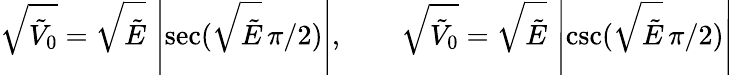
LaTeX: {\sqrt{{\tilde{V}}_{0}}}={\sqrt{\tilde{E}}}\, \left|{\sec({\sqrt{\tilde{E}}}\, {\pi}/{2})}\right|,\qquad{\sqrt{{\tilde{V}}_{0}}}={\sqrt{\tilde{E}}}\, \left|{\csc({\sqrt{\tilde{E}}}\, {\pi}/{2})}\right|